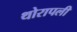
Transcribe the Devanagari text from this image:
थोरापली